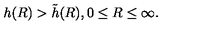
h ( R ) > \tilde { h } ( R ) , 0 \le R \le \infty .